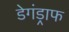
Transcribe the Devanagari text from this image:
डेगंड्राफ